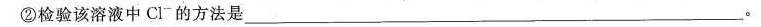
②检验该溶液中Cl^{-}的方法是___。